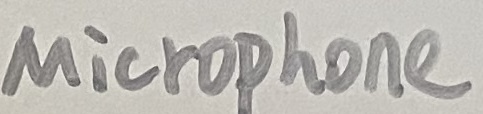
Text: Microphone